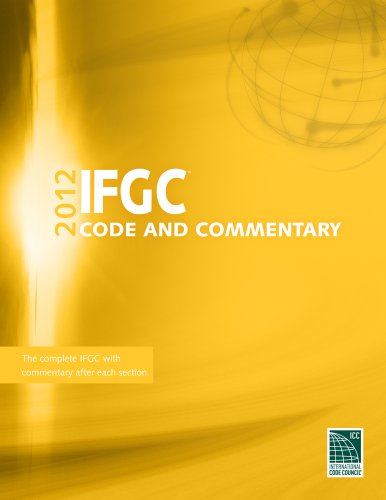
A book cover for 2012 International Fuel Gas Code Commentary (International Code Council Series); International Code Council; Law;